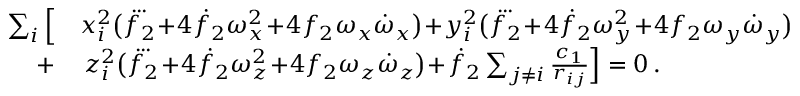
\begin{array} { r l } { \! \sum _ { i } \Big [ } & { { } x _ { i } ^ { 2 } \big ( \dddot { f _ { 2 } } \! + \! 4 \dot { f } _ { 2 } \omega _ { x } ^ { 2 } \! + \! 4 f _ { 2 } \omega _ { x } \dot { \omega } _ { x } \big ) \! + \! y _ { i } ^ { 2 } \big ( \dddot { f _ { 2 } } \! + \! 4 \dot { f } _ { 2 } \omega _ { y } ^ { 2 } \! + \! 4 f _ { 2 } \omega _ { y } \dot { \omega } _ { y } \big ) } \\ { + } & { { } \, z _ { i } ^ { 2 } \big ( \dddot { f _ { 2 } } \! + \! 4 \dot { f } _ { 2 } \omega _ { z } ^ { 2 } \! + \! 4 f _ { 2 } \omega _ { z } \dot { \omega } _ { z } \big ) \! + \! \dot { f } _ { 2 } \sum _ { j \ne i } \frac { c _ { 1 } } { r _ { i j } } \Big ] = 0 \, . } \end{array}